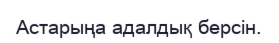
Астарыңа адалдық берсін.